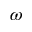
\omega